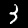
Digit: 3